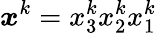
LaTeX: \boldsymbol{x}^{k}=x_{3}^{k}x_{2}^{k}x_{1}^{k}